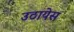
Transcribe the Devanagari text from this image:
उठायेस